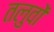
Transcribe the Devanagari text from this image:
तलुवों